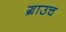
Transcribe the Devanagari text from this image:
ग्राउच